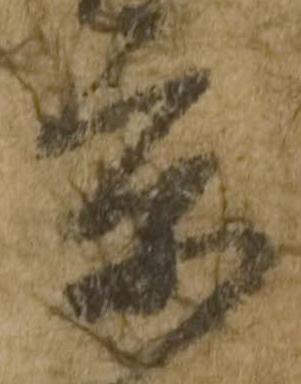
京